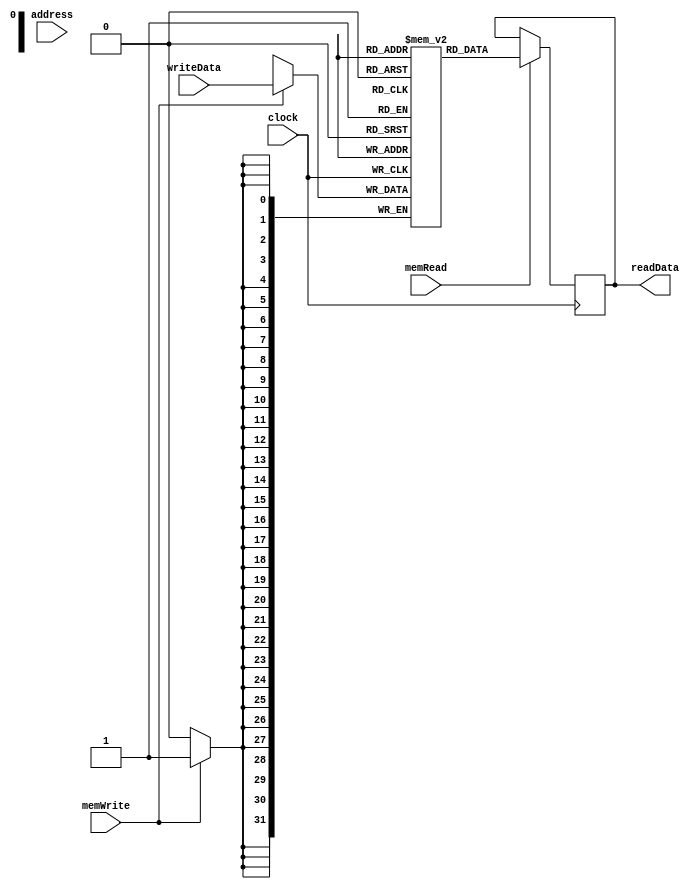
/*Works like RAM*/
module dataMemory(input clock, input [31:0] address, input [31:0] writeData, input memRead, input memWrite, output reg [31:0] readData );
//reg [31:0] data [32'h80000000:32'h7FFF0000];
reg [31:0] data [32'h7fff0000:32'h7fffffff];

integer i;
initial begin
for (i = 0; i < 32; i++) ////std::bad alloc
	data[i] = 0;
end

always@(posedge clock) begin
if(memRead) begin
	//read from address and assign to readData
	readData = data[address];
end

if(memWrite) begin
	//write writeData to writeAddress 
	data[address] = writeData;
end	
end	

endmodule
////////////////////

module muxAfterDataMemory(input memToReg, input [31:0] readData, input[31:0] aluResult, output reg [31:0] writeData);
always @ (*) begin
	if(memToReg)
		writeData = readData;
	else
		writeData = aluResult;
end
endmodule